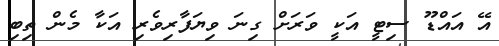
އޭ އައްޑޫ ސިޓީ އަކީ ވަރަށް ގިނަ ވިޔަފާރިވެރި އަކާ މެން ތިބި